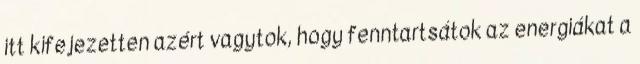
itt kifejezetten azért vagytok, hogy fenntartsátok az energiákat a